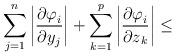
LaTeX: \begin{align*}\sum\limits_{j=1}^n {\left| \frac{{\partial \varphi }_{i}}{{\partial y}_{j}} \right|+\sum\limits_{k=1}^p \left| \frac{{\partial \varphi }_{i}}{{\partial z}_{k}} \right| }\le\end{align*}